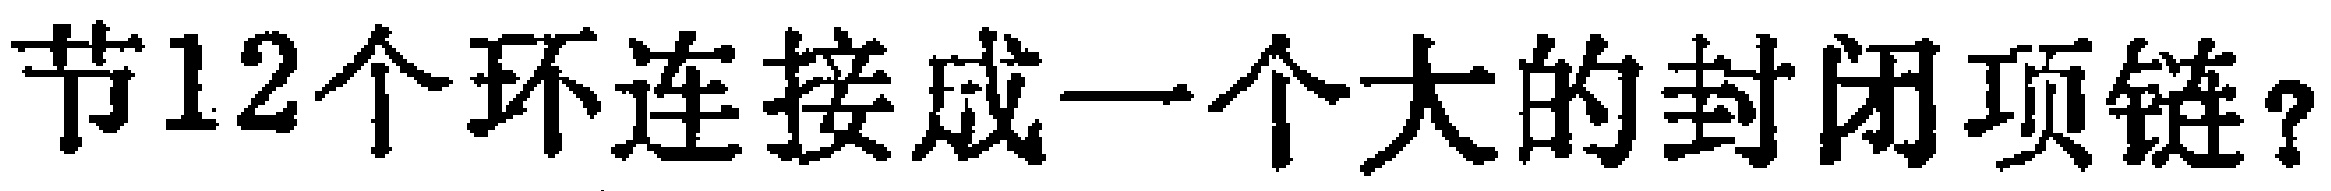
节12个环连接成一个大的封闭项链？